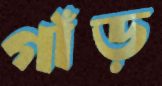
গাঁড়